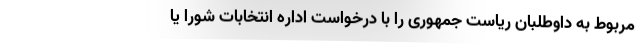
مربوط به داوطلبان ریاست جمهوری را با درخواست اداره انتخابات شورا یا